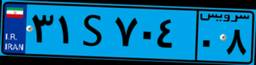
۱۱S۰۷۶۷۸